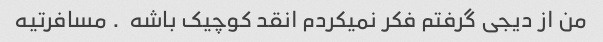
من از دیجی گرفتم فکر نمیکردم انقد کوچیک باشه  . مسافرتیه